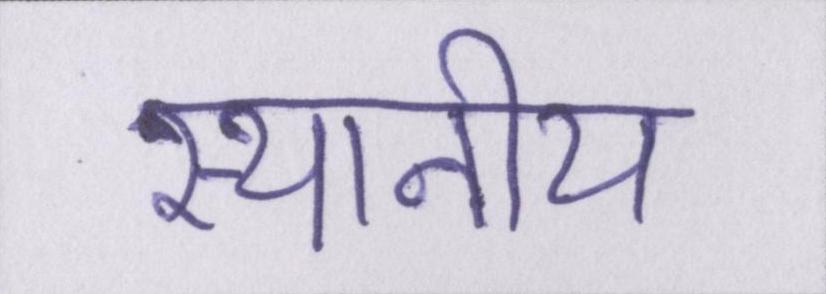
स्थानीय